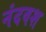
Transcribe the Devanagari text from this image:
नंदवश